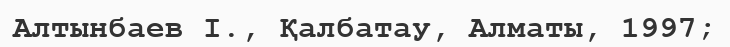
Алтынбаев І., Қалбатау, Алматы, 1997;